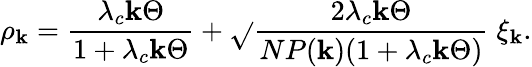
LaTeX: \rho_{\mathbf{k}}=\frac{{\lambda_{c}\mathbf{k}\Theta}}{{1+\lambda_{c}\mathbf{k}\Theta}}+\sqrt{}{{\frac{{2\lambda_{c}\mathbf{k}\Theta}}{{NP(\mathbf{k})(1+\lambda_{c}\mathbf{k}\Theta)}}}}\; \xi_{\mathbf{k}}.